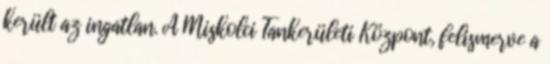
került az ingatlan. A Miskolci Tankerületi Központ, felismerve a